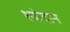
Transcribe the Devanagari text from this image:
श्योदान